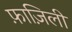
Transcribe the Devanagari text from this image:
फ़ाज़िली